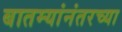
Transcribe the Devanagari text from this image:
बातम्यांनंतरच्या